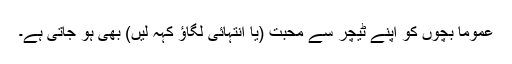
عموماً بچوں کو اپنے ٹیچر سے محبت (یا انتہائی لگاؤ کہہ لیں) بھی ہو جاتی ہے۔